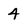
Character: 4